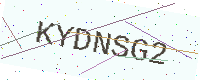
Text: KYDNSG2